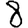
Digit: 8